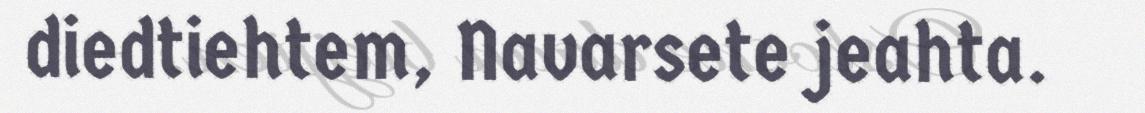
diedtiehtem, Navarsete jeahta.